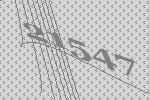
21547